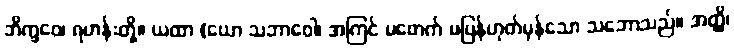
ဘိက္ခဝေ၊ ရဟန်းတို့။ ယထာ (ယော သဘာဝေါ၊ အကြင် မဖောက် မပြန်ဟုတ်မှန်သော သဘောသည်။ အတ္ထိ၊